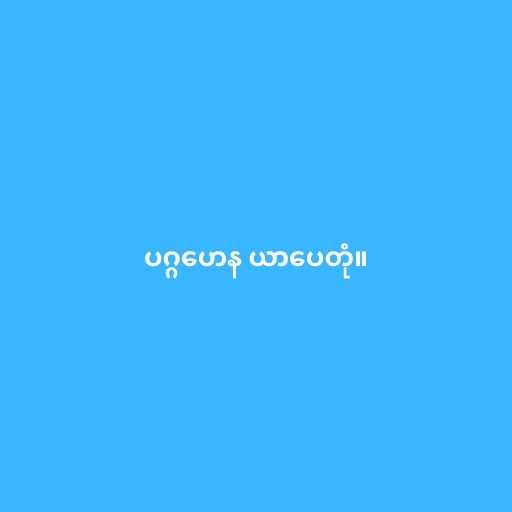
ပဂ္ဂဟေန ယာပေတုံ။